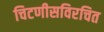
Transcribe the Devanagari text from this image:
चिटणीसविरचित